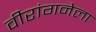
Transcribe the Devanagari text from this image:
वीरांगनेला